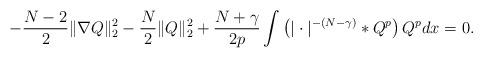
LaTeX: \begin{align*}-\frac{N-2}{2} \| \nabla Q \|_2^2 -\frac{N}{2} \| Q\|_2^2 +\frac{N+\gamma}{2p} \int \left( |\cdot|^{-(N-\gamma)}* Q^p \right)Q^{p} dx=0.\end{align*}